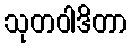
သုတဝါဒိတာ